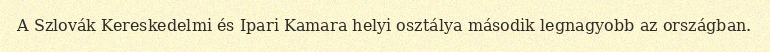
A Szlovák Kereskedelmi és Ipari Kamara helyi osztálya második legnagyobb az országban.